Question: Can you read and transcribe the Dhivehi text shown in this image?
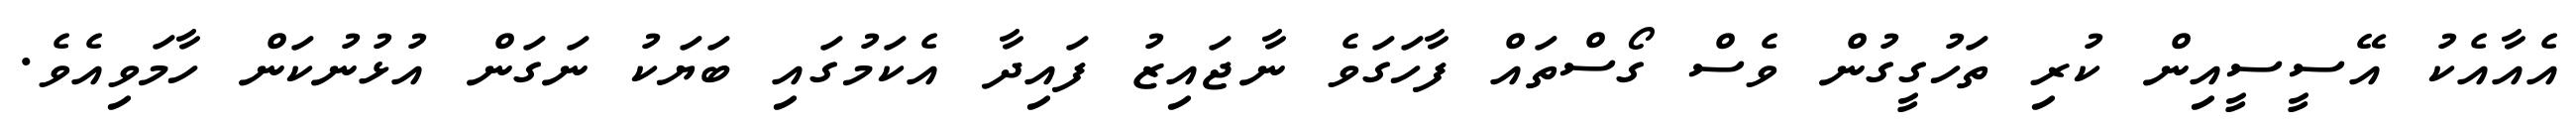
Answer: އެއާއެކު އޭސީސީއިން ކުރި ތަހުގީގުން ވެސް ގޯސްތައް ފާހަގަވެ ނާޖައިޒު ފައިދާ އެކަމުގައި ބަޔަކު ނަގަން އުޅުނުކަން ހާމަވިއެވެ.